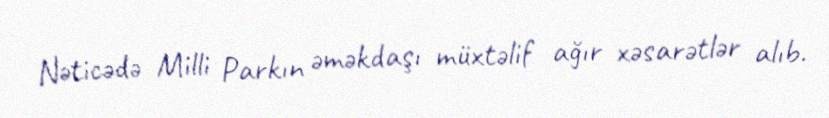
Nəticədə Milli Parkın əməkdaşı müxtəlif ağır xəsarətlər alıb.